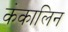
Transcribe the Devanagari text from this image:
कंकालिन